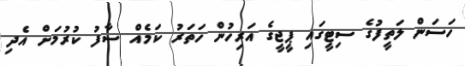
ހަސަން ލަތީފުގެ ސިޓީގައި ޕީޖީގެ އަރިހުން ހަތަރު ކަމެއް ސާފު ކުރުމަށް އެދި